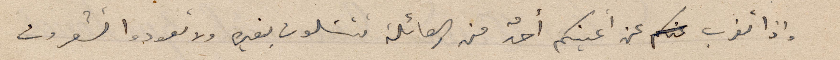
إذا تغرب عن أعينكم أحدٌ من العائلة تتسَلون بغيره ولا تعودوا تشعرون